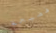
فضيحة